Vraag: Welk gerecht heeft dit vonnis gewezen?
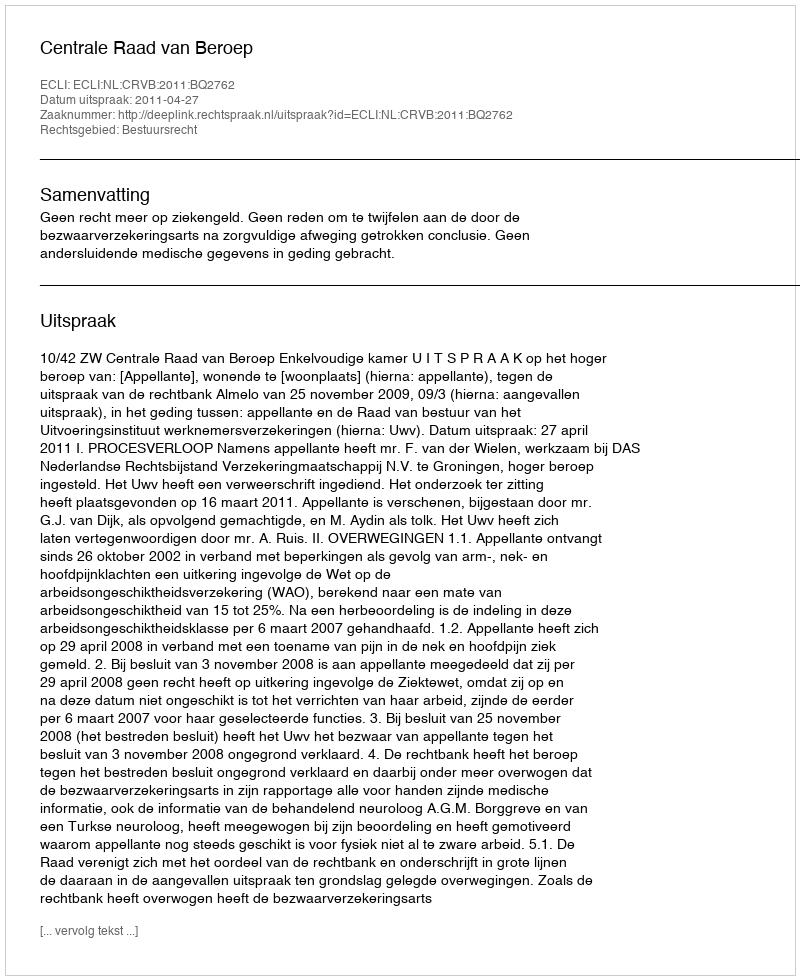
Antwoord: Centrale Raad van Beroep